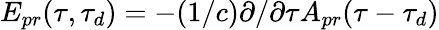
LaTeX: E_{pr}(\tau,\tau_{d})=-(1/c)\partial/\partial\tau A_{pr}(\tau-\tau_{d})